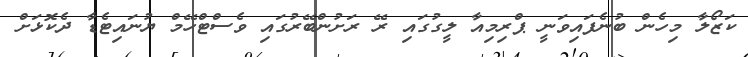
ކަޒޯލާ މިހެން ބުނެފައިވަނީ ޕްރިމިއާ ލީގުގައި ރޭ ރަށުންބޭރުގައި ވެސްޓްހޭމް ޔުނައިޓެޑާ ދެކޮޅަށް